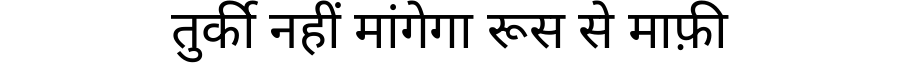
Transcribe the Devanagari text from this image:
तुर्की नहीं मांगेगा रूस से माफ़ी